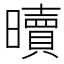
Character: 𣋺